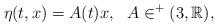
LaTeX: \begin{align*}\eta(t,x) = A(t) x, \ \ A\in ^+(3,\mathbb R),\end{align*}